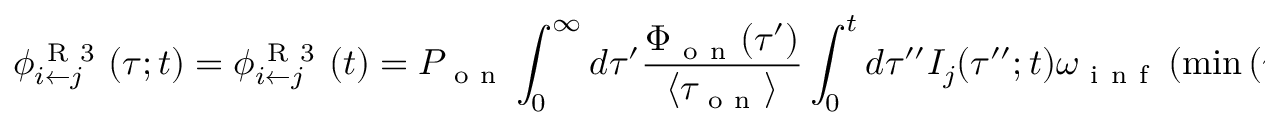
\phi _ { i \leftarrow j } ^ { \mathrm { ~ R ~ 3 ~ } } ( \tau ; t ) = \phi _ { i \leftarrow j } ^ { \mathrm { ~ R ~ 3 ~ } } ( t ) = P _ { \mathrm { ~ o ~ n ~ } } \int _ { 0 } ^ { \infty } d \tau ^ { \prime } \frac { \Phi _ { \mathrm { ~ o ~ n ~ } } ( \tau ^ { \prime } ) } { \langle \tau _ { \mathrm { ~ o ~ n ~ } } \rangle } \int _ { 0 } ^ { t } d \tau ^ { \prime \prime } I _ { j } ( \tau ^ { \prime \prime } ; t ) \omega _ { \mathrm { ~ i ~ n ~ f ~ } } \left( \operatorname* { m i n } { ( \tau ^ { \prime } , \tau ^ { \prime \prime } ) } \right)